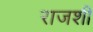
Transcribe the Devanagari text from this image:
राजशी